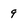
Character: 9